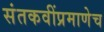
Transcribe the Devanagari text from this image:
संतकवींप्रमाणेच